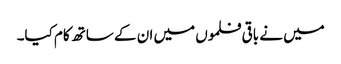
میں نے باقی فلموں میں ان کے ساتھ کام کیا۔